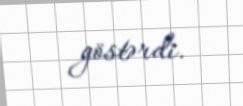
göstərdi.